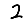
Digit: 2